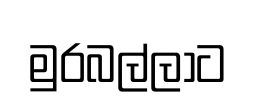
මුරබල්ලාට